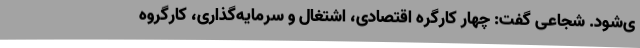
ی‌شود. شجاعی گفت: چهار کارگره اقتصادی، اشتغال و سرمایه‌گذاری، کارگروه